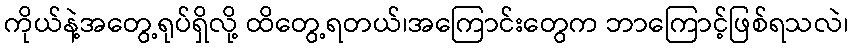
ကိုယ်နဲ့အတွေ့ရုပ်ရှိလို့ ထိတွေ့ရတယ်၊အကြောင်းတွေက ဘာကြောင့်ဖြစ်ရသလဲ၊